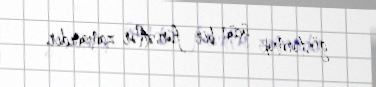
göstərmək üçün bir fürsətlər zamanıdır.